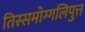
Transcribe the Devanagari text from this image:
तिस्समोग्गलिपुत्त